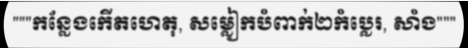
"""កន្លែងកើតហេតុ, សម្លៀកបំពាក់២កំប្លេរ, សាំង"""